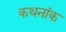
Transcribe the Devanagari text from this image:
कथनांक